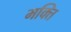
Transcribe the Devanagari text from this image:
मक्ति